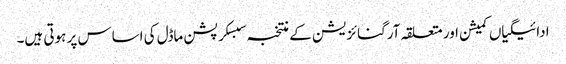
ادائیگیاں کمیشن اور متعلقہ آرگنائزیشن کے منتخبہ سبسکرپشن ماڈل کی اساس پر ہوتی ہیں۔